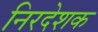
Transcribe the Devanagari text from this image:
निरदेशक